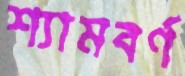
শ্যামবর্ণ